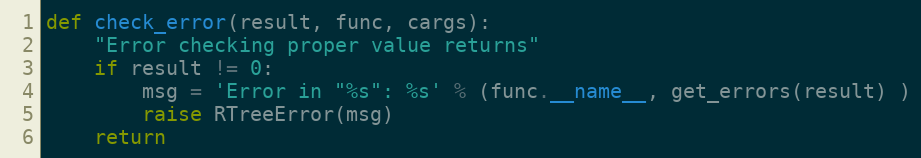
Language: Python
def check_error(result, func, cargs):
    "Error checking proper value returns"
    if result != 0:
        msg = 'Error in "%s": %s' % (func.__name__, get_errors(result) )
        raise RTreeError(msg)
    return